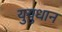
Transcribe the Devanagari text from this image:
युयुधान